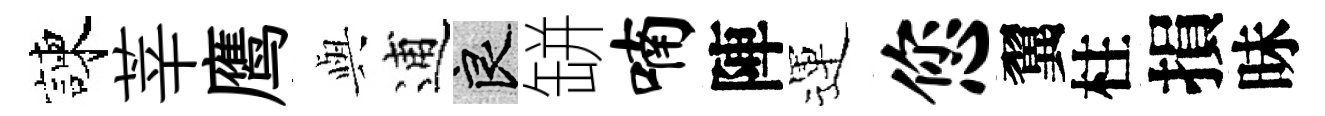
諫莘鹰𫤰逋良缾喃陣運您翼柱損昧